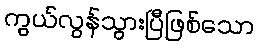
ကွယ်လွန်သွားပြီဖြစ်သော